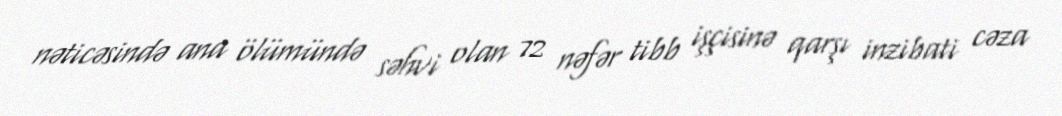
nəticəsində ana ölümündə səhvi olan 72 nəfər tibb işçisinə qarşı inzibati cəza